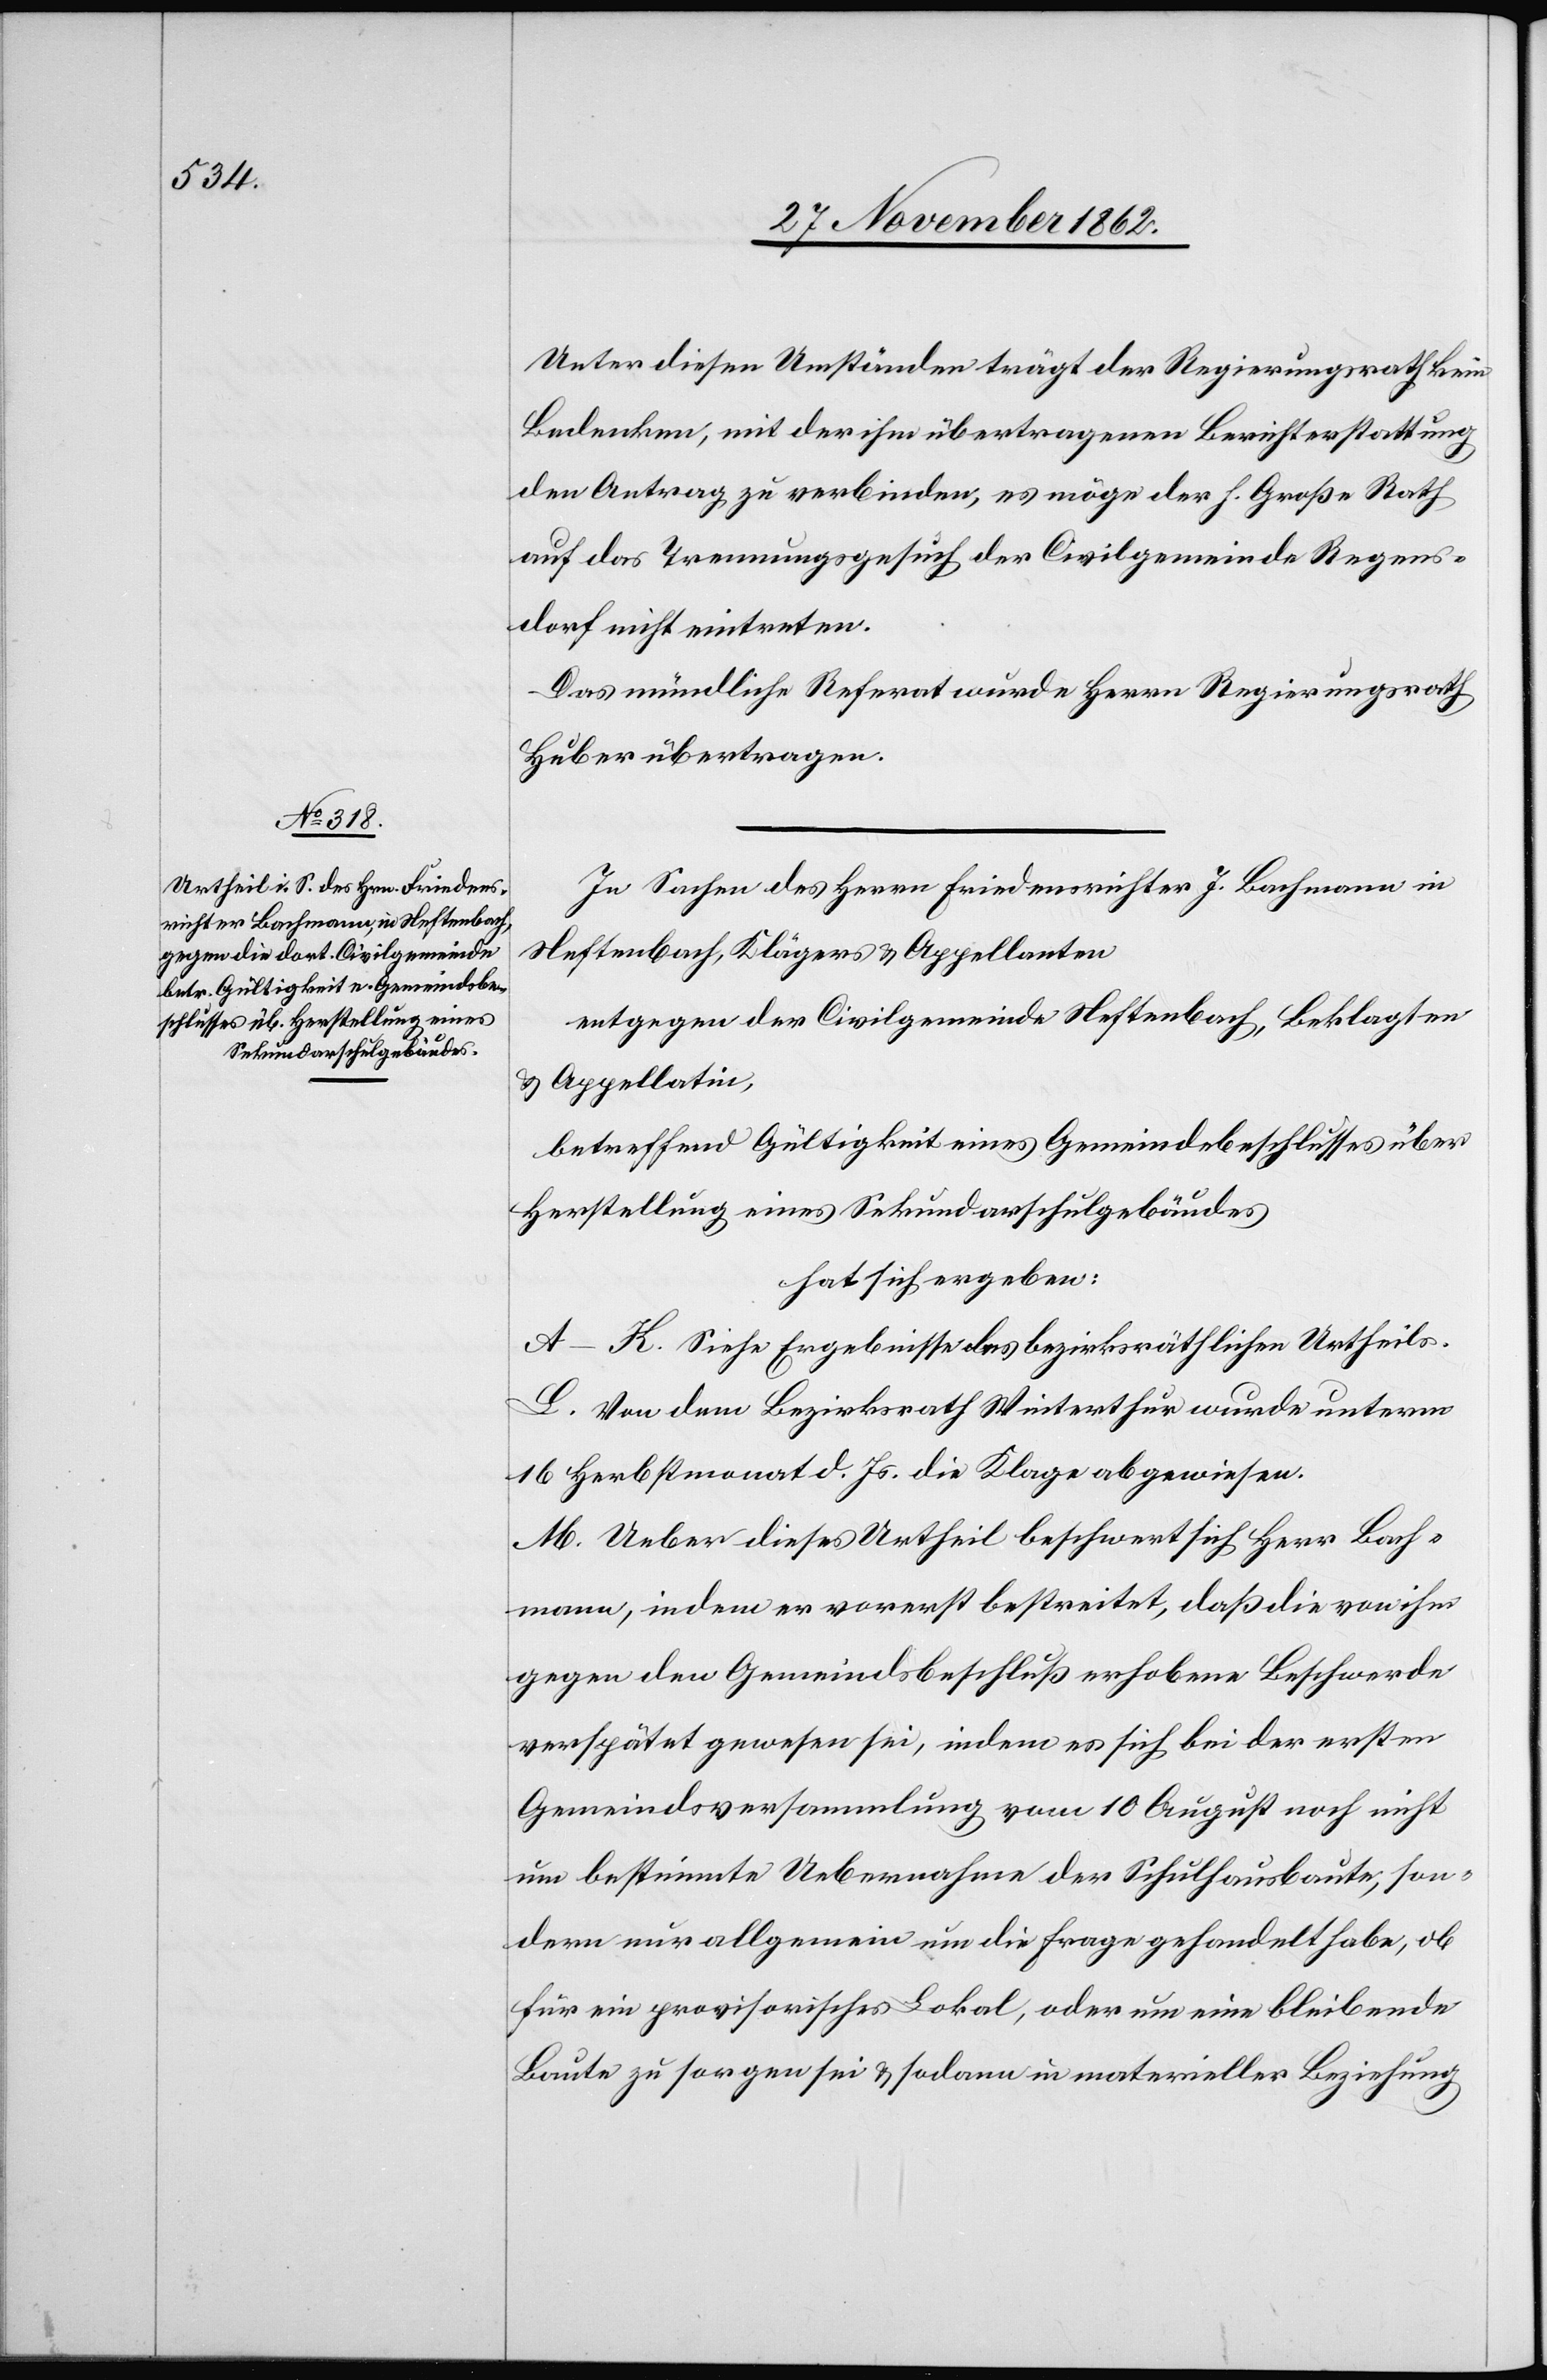
Unter diesen Umständen trägt der Regierungsrath kein
Bedenken, mit der ihm übertragenen Berichterstattung
den Antrag zu verbinden, es möge der h. Große Rath
auf das Trennungsgesuch der Civilgemeinde Regens¬
dorf nicht eintreten.
Das mündliche Referat wurde Herrn Regierungsrath
Huber übertragen.
In Sachen des Herrn Friedensrichter J. Bachmann in
Neftenbach, Klägers u. Appellanten
entgegen der Civilgemeinde Neftenbach, Beklagten
u. Appellatin,
betreffend Gültigkeit eines Gemeindebeschlusses über
Herstellung eines Sekundarschulgebäudes
hat sich ergeben:
A–K. Siehe Ergebnisse des bezirksräthlichen Urheils.
L. Von dem Bezirksrath Winterthur wurde unterm
16 Herbstmonat d. Js. die Klage abgewiesen.
M. Ueber dieses Urtheil beschwert sich Herr Bach¬
mann, indem er vorerst bestreitet, daß die von ihm
gegen den Gemeindsbeschluß erhobene Beschwerde
verspätet gewesen sei, indem es sich bei der ersten
Gemeindsversammlung vom 10. August noch nicht
um bestimmte Uebernahme der Schulhausbaute, son¬
dern nur allgemein um die Frage gehandelt habe, ob
für ein provisorisches Lokal, oder um eine bleibende
Baute zu sorgen sei u. sodann in materieller Beziehung